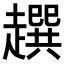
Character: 𧾌